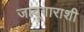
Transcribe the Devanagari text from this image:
जादूगाराशी